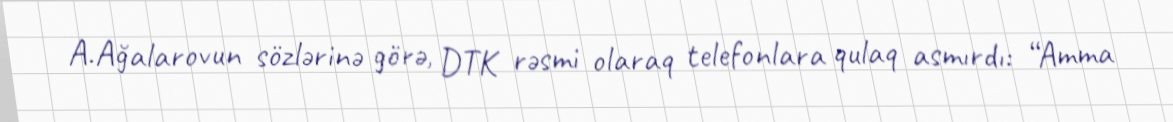
A.Ağalarovun sözlərinə görə, DTK rəsmi olaraq telefonlara qulaq asmırdı: “Amma